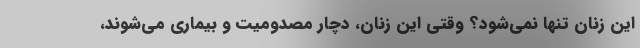
این زنان تنها نمی‌شود؟ وقتی این زنان، دچار مصدومیت و بیماری می‌شوند،